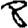
Digit: 8